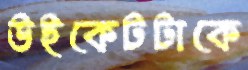
উইকেটটাকে